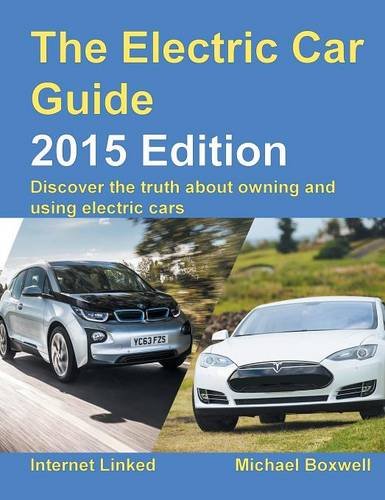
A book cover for The Electric Car Guide - 2015 Edition; Michael Boxwell; Engineering & Transportation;